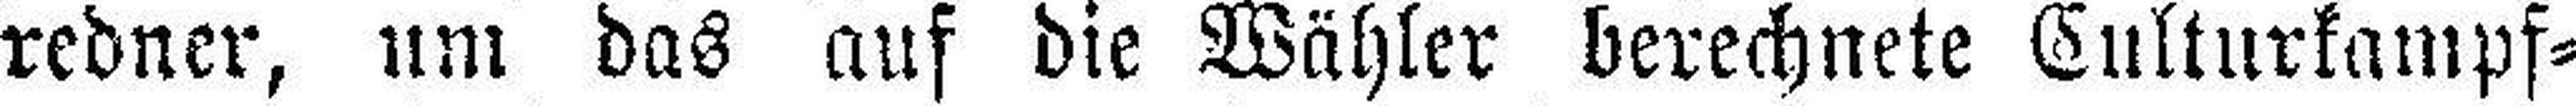
redner, um das auf die Wähler berechnete Culturkampf=